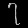
Digit: ၇